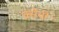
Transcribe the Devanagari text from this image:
क्सेवी